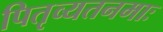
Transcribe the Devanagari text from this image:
पितृव्यतनमाः